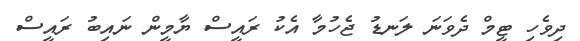
ދިވެހި ޓީމް ދެވަނަ ލަނޑު ޖެހުމާ އެކު ރައީސް ޔާމީން ނައިބު ރައީސް